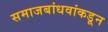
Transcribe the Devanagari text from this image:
समाजबांधवांकडून